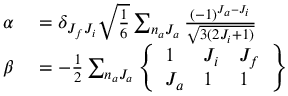
\begin{array} { r l } { \alpha } & { { } = \delta _ { J _ { f } J _ { i } } \sqrt { \frac { 1 } { 6 } } \sum _ { n _ { a } J _ { a } } \frac { ( - 1 ) ^ { J _ { a } - J _ { i } } } { \sqrt { 3 ( 2 J _ { i } + 1 ) } } } \\ { \beta } & { { } = - \frac { 1 } { 2 } \sum _ { n _ { a } J _ { a } } \ensuremath { \left\{ \begin{array} { l l l } { 1 } & { J _ { i } } & { J _ { f } } \\ { J _ { a } } & { 1 } & { 1 } \end{array} \right\} } } \end{array}